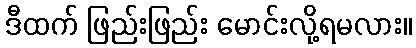
ဒီထက် ဖြည်းဖြည်း မောင်းလို့ရမလား။